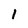
Character: 1